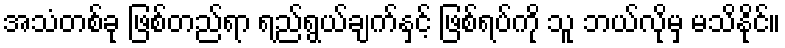
အသံတစ်ခု ဖြစ်တည်ရာ ရည်ရွယ်ချက်နှင့် ဖြစ်ရပ်ကို သူ ဘယ်လိုမှ မသိနိုင်။